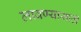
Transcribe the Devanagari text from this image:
लावण्‍यासाठी